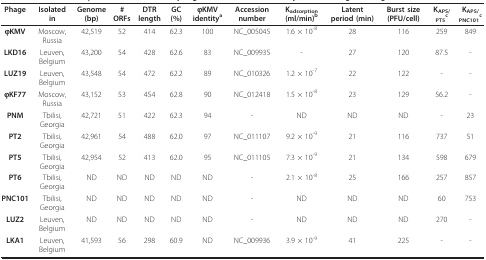
<table><thead><tr><td><b>Phage</b></td><td><b>Isolated in</b></td><td><b>Genome (bp)</b></td><td><b># ORFs</b></td><td><b>DTR length</b></td><td><b>GC (%)</b></td><td><b>φKMV identity<sup>a</sup></b></td><td><b>Accession number</b></td><td><b>K<sub>adsorption </sub>(ml/min)<sup>b</sup></b></td><td><b>Latent period (min)</b></td><td><b>Burst size (PFU/cell)</b></td><td><b>K<sub>APS/PT5</sub><sup>c</sup></b></td><td><b>K<sub>APS/PNC101</sub><sup>c</sup></b></td></tr></thead><tbody><tr><td><b>φKMV</b></td><td>Moscow, Russia</td><td>42,519</td><td>52</td><td>414</td><td>62.3</td><td>100</td><td>NC_005045</td><td>1.6 × 10<sup>-8</sup></td><td>28</td><td>116</td><td>259</td><td>849</td></tr><tr><td><b>LKD16</b></td><td>Leuven, Belgium</td><td>43,200</td><td>54</td><td>428</td><td>62.6</td><td>83</td><td>NC_009935</td><td>-</td><td>27</td><td>120</td><td>87.5</td><td>-</td></tr><tr><td><b>LUZ19</b></td><td>Leuven, Belgium</td><td>43,548</td><td>54</td><td>472</td><td>62.2</td><td>89</td><td>NC_010326</td><td>1.2 × 10<sup>-7</sup></td><td>22</td><td>122</td><td>-</td><td>-</td></tr><tr><td><b>φKF77</b></td><td>Moscow, Russia</td><td>43,152</td><td>53</td><td>454</td><td>62.8</td><td>90</td><td>NC_012418</td><td>1.5 × 10<sup>-8</sup></td><td>23</td><td>129</td><td>56.2</td><td>-</td></tr><tr><td><b>PNM</b></td><td>Tbilisi, Georgia</td><td>42,721</td><td>51</td><td>422</td><td>62.3</td><td>94</td><td>-</td><td>ND</td><td>ND</td><td>ND</td><td>-</td><td>23</td></tr><tr><td><b>PT2</b></td><td>Tbilisi, Georgia</td><td>42,961</td><td>54</td><td>488</td><td>62.0</td><td>97</td><td>NC_011107</td><td>9.2 × 10<sup>-9</sup></td><td>21</td><td>116</td><td>737</td><td>51</td></tr><tr><td><b>PT5</b></td><td>Tbilisi, Georgia</td><td>42,954</td><td>52</td><td>413</td><td>62.0</td><td>95</td><td>NC_011105</td><td>7.3 × 10<sup>-9</sup></td><td>21</td><td>134</td><td>598</td><td>679</td></tr><tr><td><b>PT6</b></td><td>Tbilisi, Georgia</td><td>ND</td><td>ND</td><td>ND</td><td>ND</td><td>ND</td><td>-</td><td>2.1 × 10<sup>-8</sup></td><td>25</td><td>166</td><td>257</td><td>857</td></tr><tr><td><b>PNC101</b></td><td>Tbilisi, Georgia</td><td>ND</td><td>ND</td><td>ND</td><td>ND</td><td>ND</td><td>-</td><td>ND</td><td>ND</td><td>ND</td><td>60</td><td>753</td></tr><tr><td><b>LUZ2</b></td><td>Leuven, Belgium</td><td>ND</td><td>ND</td><td>ND</td><td>ND</td><td>ND</td><td>-</td><td>ND</td><td>ND</td><td>ND</td><td>270</td><td>-</td></tr><tr><td><b>LKA1</b></td><td>Leuven, Belgium</td><td>41,593</td><td>56</td><td>298</td><td>60.9</td><td>ND</td><td>NC_009936</td><td>3.9 × 10<sup>-9</sup></td><td>41</td><td>225</td><td>-</td><td>-</td></tr></tbody></table>